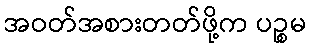
အဝတ်အစားတတ်ဖို့က ပဉ္စမ